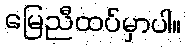
မြေညီထပ်မှာပါ။